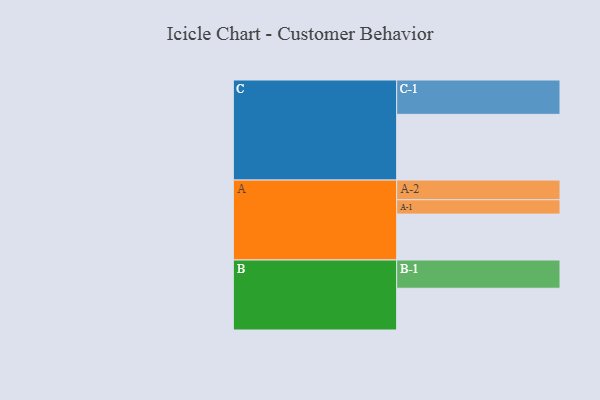
{"axis": {"x": "Segment", "y": "Value"}, "legend": ["", "A", "B", "C"], "data": [{"x": "A", "y": 397, "type": ""}, {"x": "B", "y": 361, "type": ""}, {"x": "C", "y": 568, "type": ""}, {"x": "A-1", "y": 124, "type": "A"}, {"x": "A-2", "y": 170, "type": "A"}, {"x": "B-1", "y": 244, "type": "B"}, {"x": "C-1", "y": 297, "type": "C"}]}